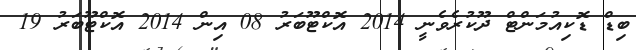
ބިޑް ޑޮކިއުމަންޓް ދޫކުރެވެނީ 2014 އޮކްޓޫބަރު 08 އިން 2014 އޮކްޓޫބަރު 19